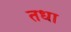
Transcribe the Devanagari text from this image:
तधा